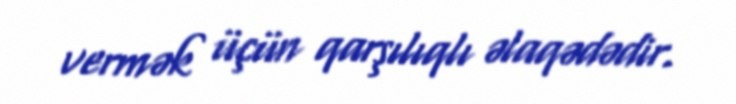
vermək üçün qarşılıqlı əlaqədədir.